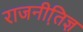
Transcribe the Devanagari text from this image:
राजनीति़ज्ञ